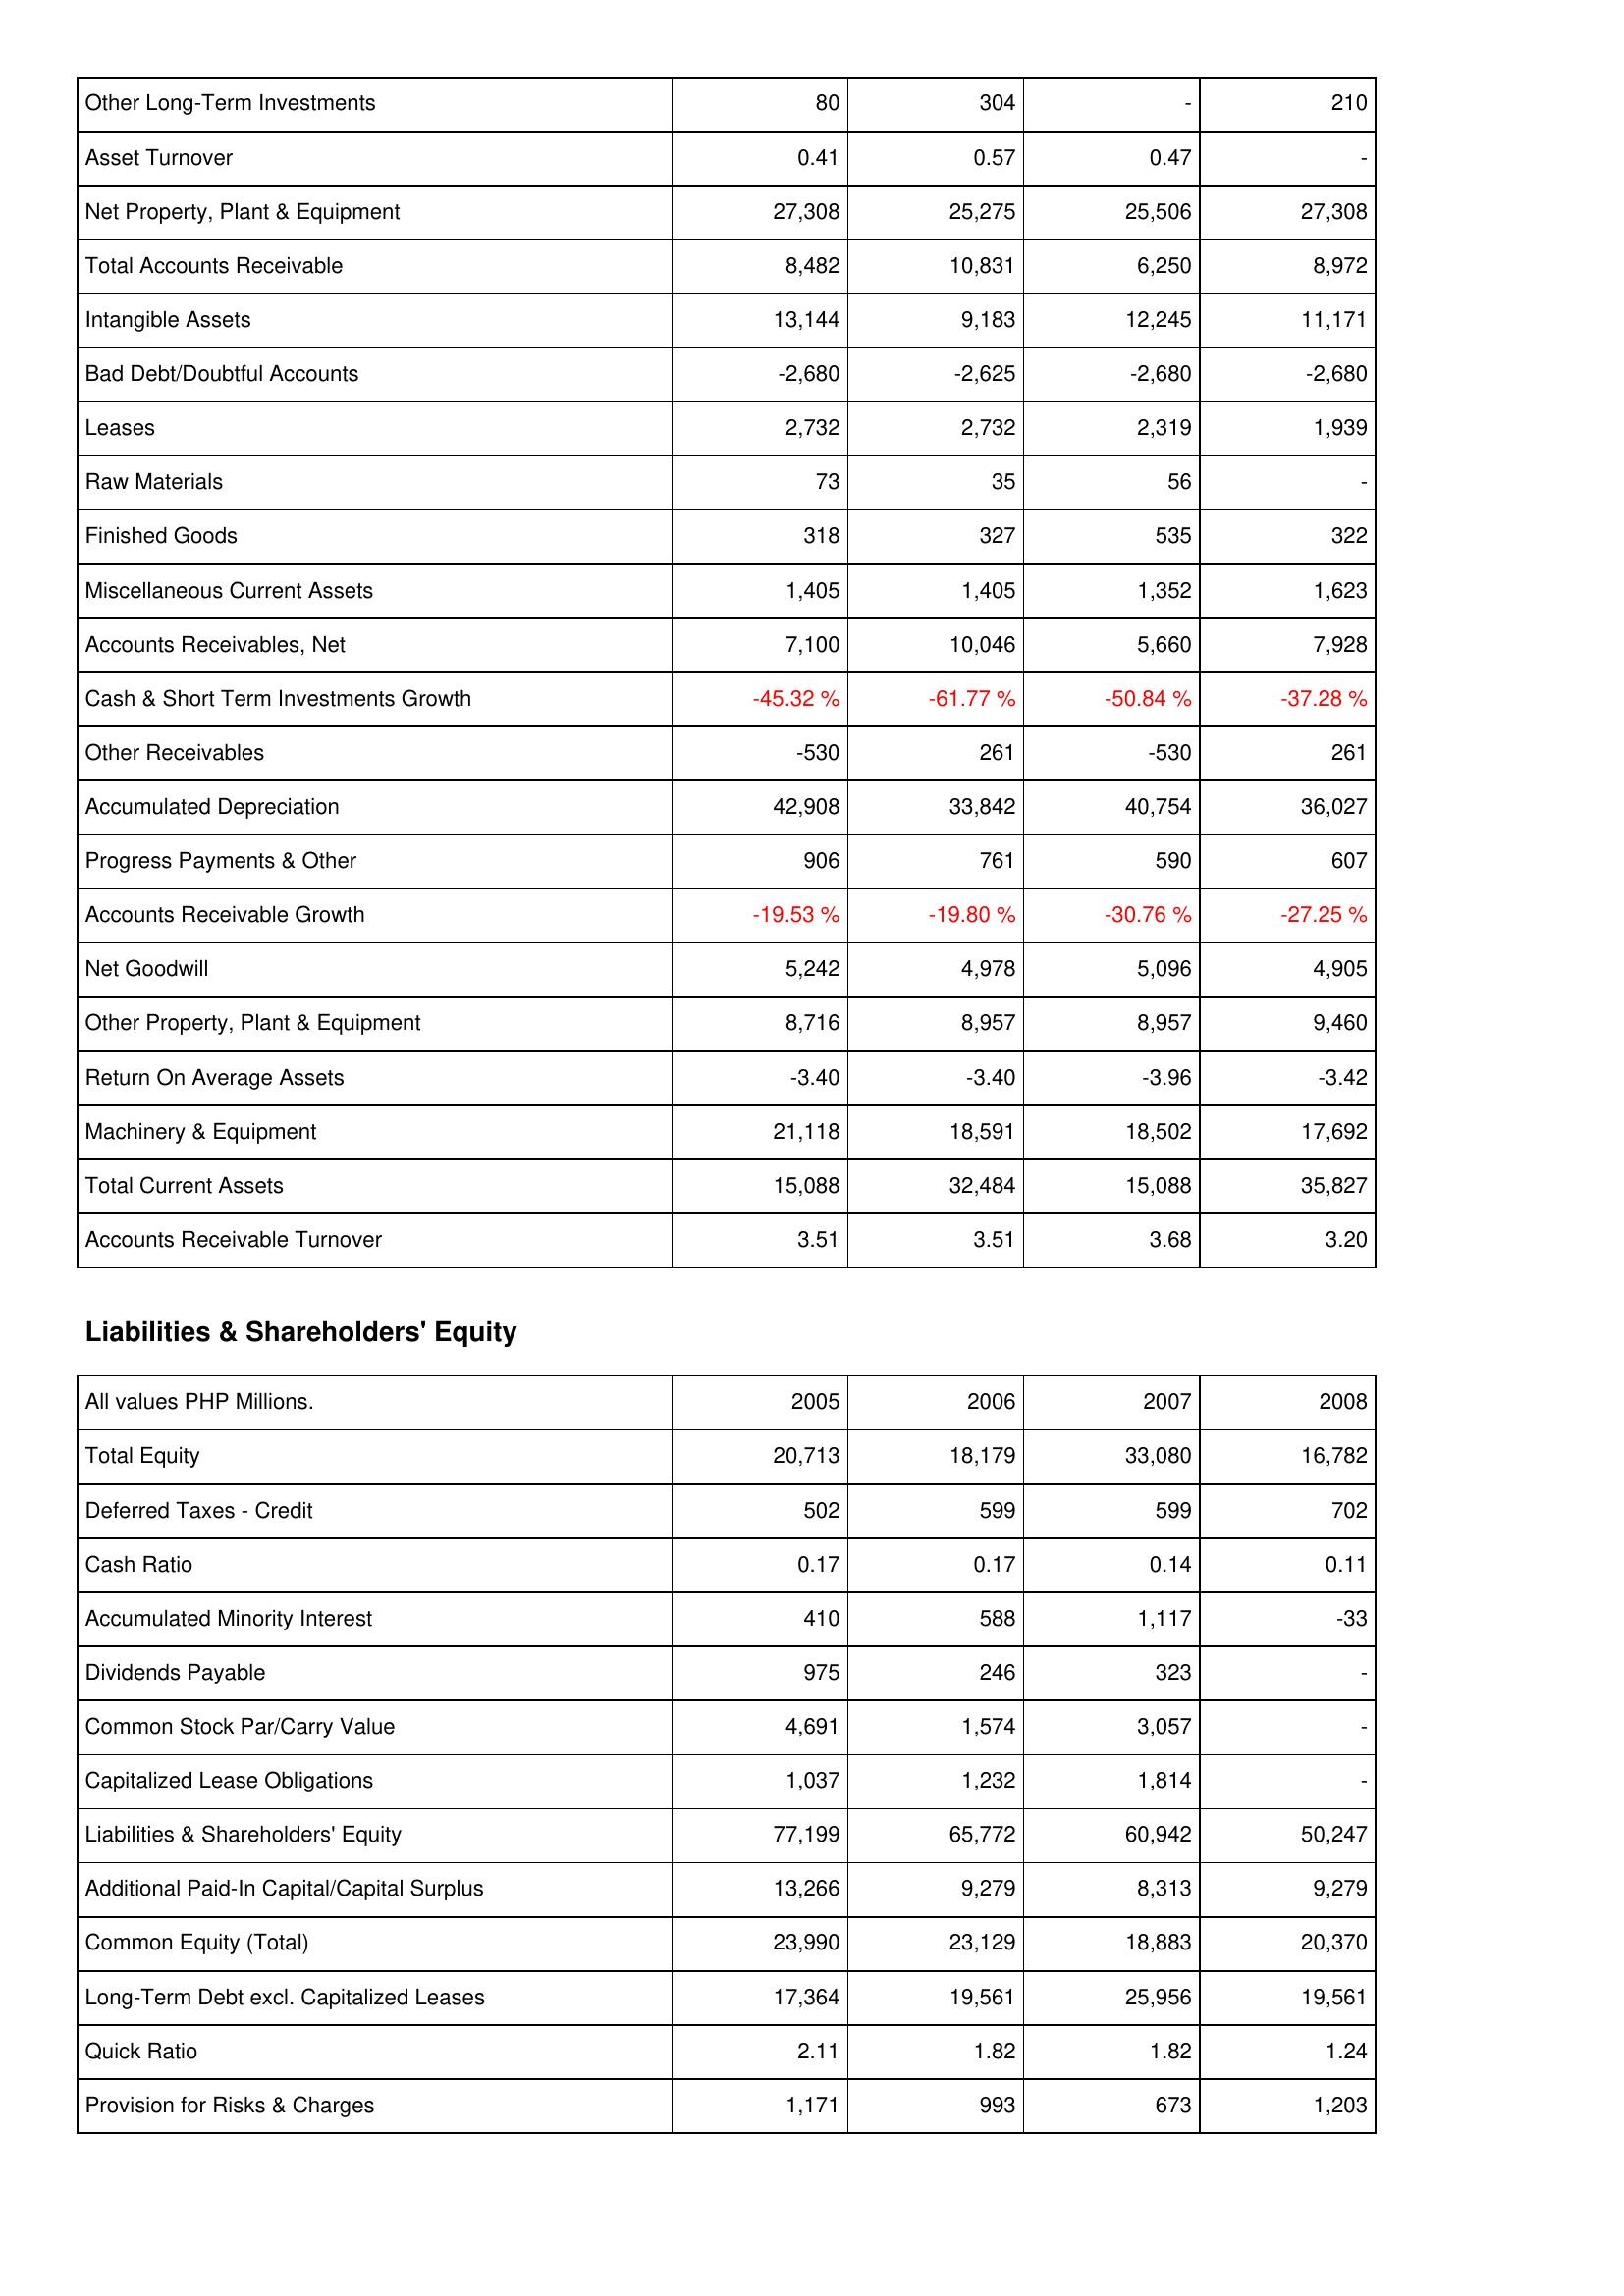
2005: Assets: Other Long-Term Investments: 80
Asset Turnover: 0.41
Net Property, Plant & Equipment: 27,308
Total Accounts Receivable: 8,482
Intangible Assets: 13,144
Bad Debt/Doubtful Accounts: -2,680
Leases: 2,732
Raw Materials: 73
Finished Goods: 318
Miscellaneous Current Assets: 1,405
Accounts Receivables, Net: 7,100
Cash & Short Term Investments Growth: -45.32 %
Other Receivables: -530
Accumulated Depreciation: 42,908
Progress Payments & Other: 906
Accounts Receivable Growth: -19.53 %
Net Goodwill: 5,242
Other Property, Plant & Equipment: 8,716
Return On Average Assets: -3.40
Machinery & Equipment: 21,118
Total Current Assets: 15,088
Accounts Receivable Turnover: 3.51
Liabilities & Shareholders' Equity: Total Equity: 20,713
Deferred Taxes - Credit: 502
Cash Ratio: 0.17
Accumulated Minority Interest: 410
Dividends Payable: 975
Common Stock Par/Carry Value: 4,691
Capitalized Lease Obligations: 1,037
Liabilities & Shareholders' Equity: 77,199
Additional Paid-In Capital/Capital Surplus: 13,266
Common Equity (Total): 23,990
Long-Term Debt excl. Capitalized Leases: 17,364
Quick Ratio: 2.11
Provision for Risks & Charges: 1,171
2006: Assets: Other Long-Term Investments: 304
Asset Turnover: 0.57
Net Property, Plant & Equipment: 25,275
Total Accounts Receivable: 10,831
Intangible Assets: 9,183
Bad Debt/Doubtful Accounts: -2,625
Leases: 2,732
Raw Materials: 35
Finished Goods: 327
Miscellaneous Current Assets: 1,405
Accounts Receivables, Net: 10,046
Cash & Short Term Investments Growth: -61.77 %
Other Receivables: 261
Accumulated Depreciation: 33,842
Progress Payments & Other: 761
Accounts Receivable Growth: -19.80 %
Net Goodwill: 4,978
Other Property, Plant & Equipment: 8,957
Return On Average Assets: -3.40
Machinery & Equipment: 18,591
Total Current Assets: 32,484
Accounts Receivable Turnover: 3.51
Liabilities & Shareholders' Equity: Total Equity: 18,179
Deferred Taxes - Credit: 599
Cash Ratio: 0.17
Accumulated Minority Interest: 588
Dividends Payable: 246
Common Stock Par/Carry Value: 1,574
Capitalized Lease Obligations: 1,232
Liabilities & Shareholders' Equity: 65,772
Additional Paid-In Capital/Capital Surplus: 9,279
Common Equity (Total): 23,129
Long-Term Debt excl. Capitalized Leases: 19,561
Quick Ratio: 1.82
Provision for Risks & Charges: 993
2007: Assets: Other Long-Term Investments: -
Asset Turnover: 0.47
Net Property, Plant & Equipment: 25,506
Total Accounts Receivable: 6,250
Intangible Assets: 12,245
Bad Debt/Doubtful Accounts: -2,680
Leases: 2,319
Raw Materials: 56
Finished Goods: 535
Miscellaneous Current Assets: 1,352
Accounts Receivables, Net: 5,660
Cash & Short Term Investments Growth: -50.84 %
Other Receivables: -530
Accumulated Depreciation: 40,754
Progress Payments & Other: 590
Accounts Receivable Growth: -30.76 %
Net Goodwill: 5,096
Other Property, Plant & Equipment: 8,957
Return On Average Assets: -3.96
Machinery & Equipment: 18,502
Total Current Assets: 15,088
Accounts Receivable Turnover: 3.68
Liabilities & Shareholders' Equity: Total Equity: 33,080
Deferred Taxes - Credit: 599
Cash Ratio: 0.14
Accumulated Minority Interest: 1,117
Dividends Payable: 323
Common Stock Par/Carry Value: 3,057
Capitalized Lease Obligations: 1,814
Liabilities & Shareholders' Equity: 60,942
Additional Paid-In Capital/Capital Surplus: 8,313
Common Equity (Total): 18,883
Long-Term Debt excl. Capitalized Leases: 25,956
Quick Ratio: 1.82
Provision for Risks & Charges: 673
2008: Assets: Other Long-Term Investments: 210
Asset Turnover: -
Net Property, Plant & Equipment: 27,308
Total Accounts Receivable: 8,972
Intangible Assets: 11,171
Bad Debt/Doubtful Accounts: -2,680
Leases: 1,939
Raw Materials: -
Finished Goods: 322
Miscellaneous Current Assets: 1,623
Accounts Receivables, Net: 7,928
Cash & Short Term Investments Growth: -37.28 %
Other Receivables: 261
Accumulated Depreciation: 36,027
Progress Payments & Other: 607
Accounts Receivable Growth: -27.25 %
Net Goodwill: 4,905
Other Property, Plant & Equipment: 9,460
Return On Average Assets: -3.42
Machinery & Equipment: 17,692
Total Current Assets: 35,827
Accounts Receivable Turnover: 3.20
Liabilities & Shareholders' Equity: Total Equity: 16,782
Deferred Taxes - Credit: 702
Cash Ratio: 0.11
Accumulated Minority Interest: -33
Dividends Payable: -
Common Stock Par/Carry Value: -
Capitalized Lease Obligations: -
Liabilities & Shareholders' Equity: 50,247
Additional Paid-In Capital/Capital Surplus: 9,279
Common Equity (Total): 20,370
Long-Term Debt excl. Capitalized Leases: 19,561
Quick Ratio: 1.24
Provision for Risks & Charges: 1,203